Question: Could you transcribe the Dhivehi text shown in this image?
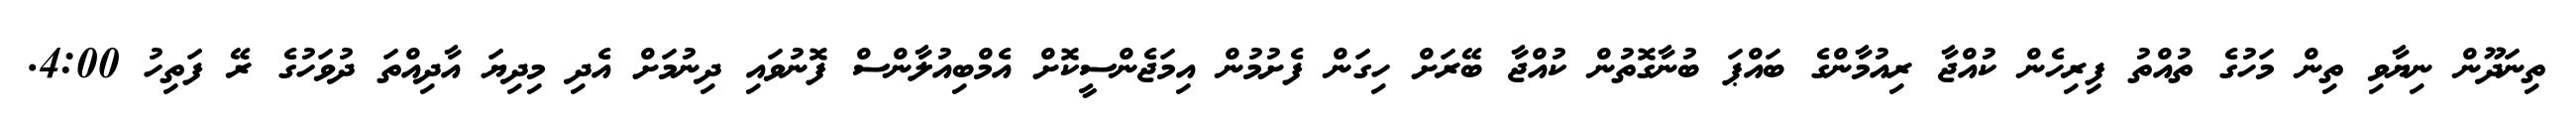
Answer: ތިނަދޫން ނިޔާވި ތިން މަހުގެ ތުއްތު ފިރިހެން ކުއްޖާ ރިއުމާންގެ ބައްޕަ ބުނާގޮތުން ކުއްޖާ ބޭރަށް ހިގަން ފެށުމުން އިމަޖެންސީކޮށް އެމްބިއުލާންސް ފޮނުވައި ދިނުމަށް އެދި މިދިޔަ އާދިއްތަ ދުވަހުގެ ރޭ ފަތިހު 4:00.